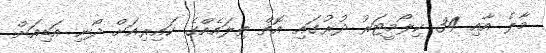
މާލެ އާއި 34 ކިލޯމީޓަރު ދުރުގައި އޮތް ތިލައެއްގެ ކައިރިއަށް ދޯނި އަޑިއަށް